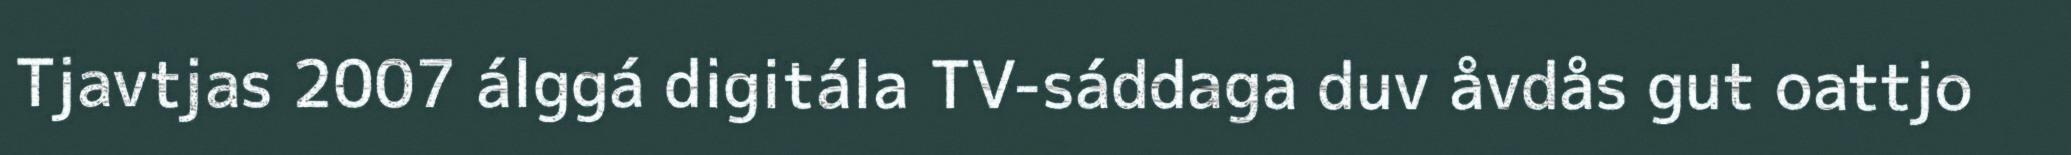
Tjavtjas 2007 álggá digitála TV-sáddaga duv åvdås gut oattjo